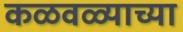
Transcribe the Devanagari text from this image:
कळवळ्याच्या